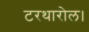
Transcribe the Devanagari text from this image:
टरथारोल।